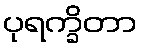
ပုရက္ခိတာ